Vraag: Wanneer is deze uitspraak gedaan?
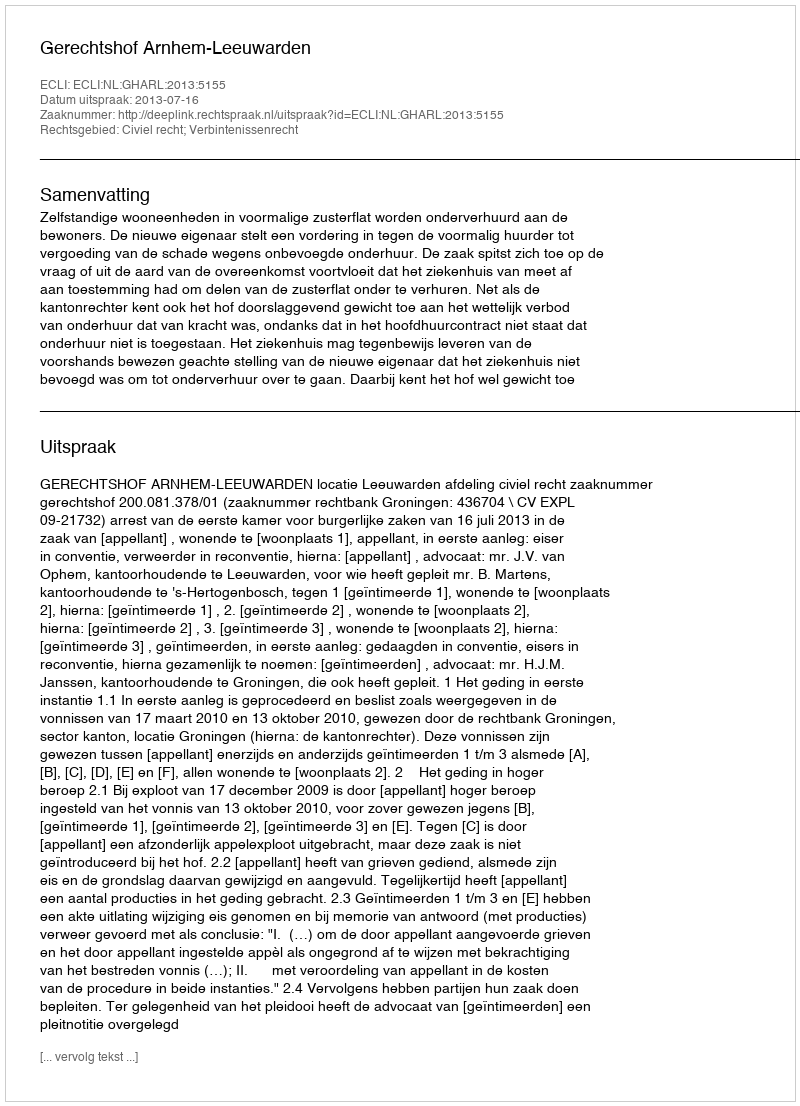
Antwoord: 2013-07-16